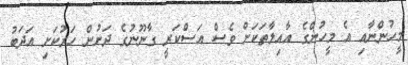
މީހުންނާއި އެ މީހުންގެ އާއިލާތަކަށް ވެސް އަސްކަރީ ގާނޫނުގެ ދަށުން ހަރުކަށި އަދަބު